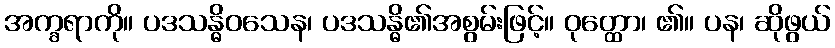
အက္ခရာကို။ ပဒသန္ဓိဝသေန၊ ပဒသန္ဓိ၏အစွမ်းဖြင့်။ ဝုတ္ထော၊ ၏။ ပန၊ ဆိုဖွယ်